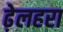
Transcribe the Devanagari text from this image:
ढ़ेलहरा